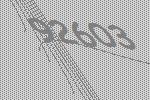
92603